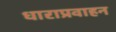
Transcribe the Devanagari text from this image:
धाराप्रवाहन